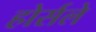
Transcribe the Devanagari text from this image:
होर्सले